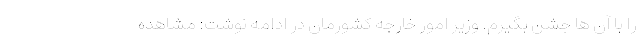
را با آن ها جشن بگیرم. وزیر امور خارجه کشورمان در ادامه نوشت: مشاهده